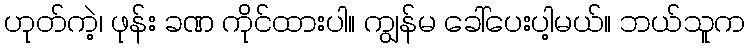
ဟုတ်ကဲ့၊ ဖုန်း ခဏ ကိုင်ထားပါ။ ကျွန်မ ခေါ်ပေးပါ့မယ်။ ဘယ်သူက